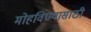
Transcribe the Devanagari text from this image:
मोहविण्यासाठी